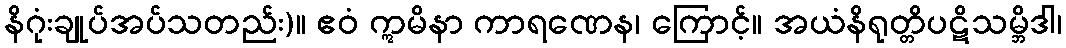
နိဂုံးချုပ်အပ်သတည်း)။ ဧဝံ ဣမိနာ ကာရဏေန၊ ကြောင့်။ အယံနိရုတ္တိပဋိသမ္ဘိဒါ၊